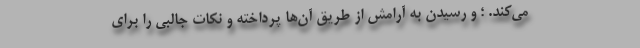
می‌کند. ؛ و رسیدن به آرامش از طریق آن‌ها پرداخته و نکات جالبی را برای